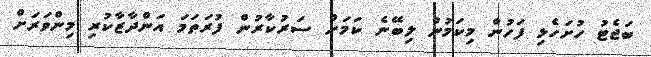
ބަޖެޓު ހުށަހެޅި ފަހުން މިކަމުން ލިބޭނެ ކަމަށް ސަރުކާރުން ފުރަތަމަ އަންދާޒާކުރި މިންވަރަށް